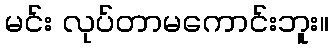
မင်း လုပ်တာမကောင်းဘူး။